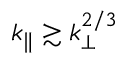
k _ { \parallel } \gtrsim k _ { \perp } ^ { 2 / 3 }